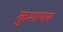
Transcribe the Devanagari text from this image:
कुशायब